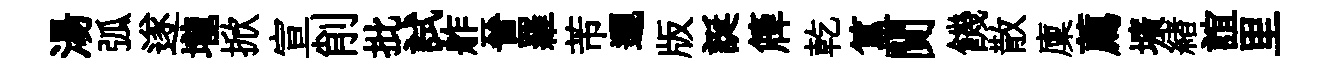
湯弧遂壠掀宣削批試舴晉羅芾邐版誕簰乾簋閴饑散廩薦壙緖誼里